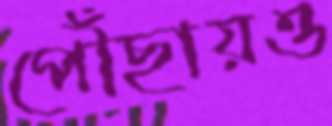
পৌঁছায়ও